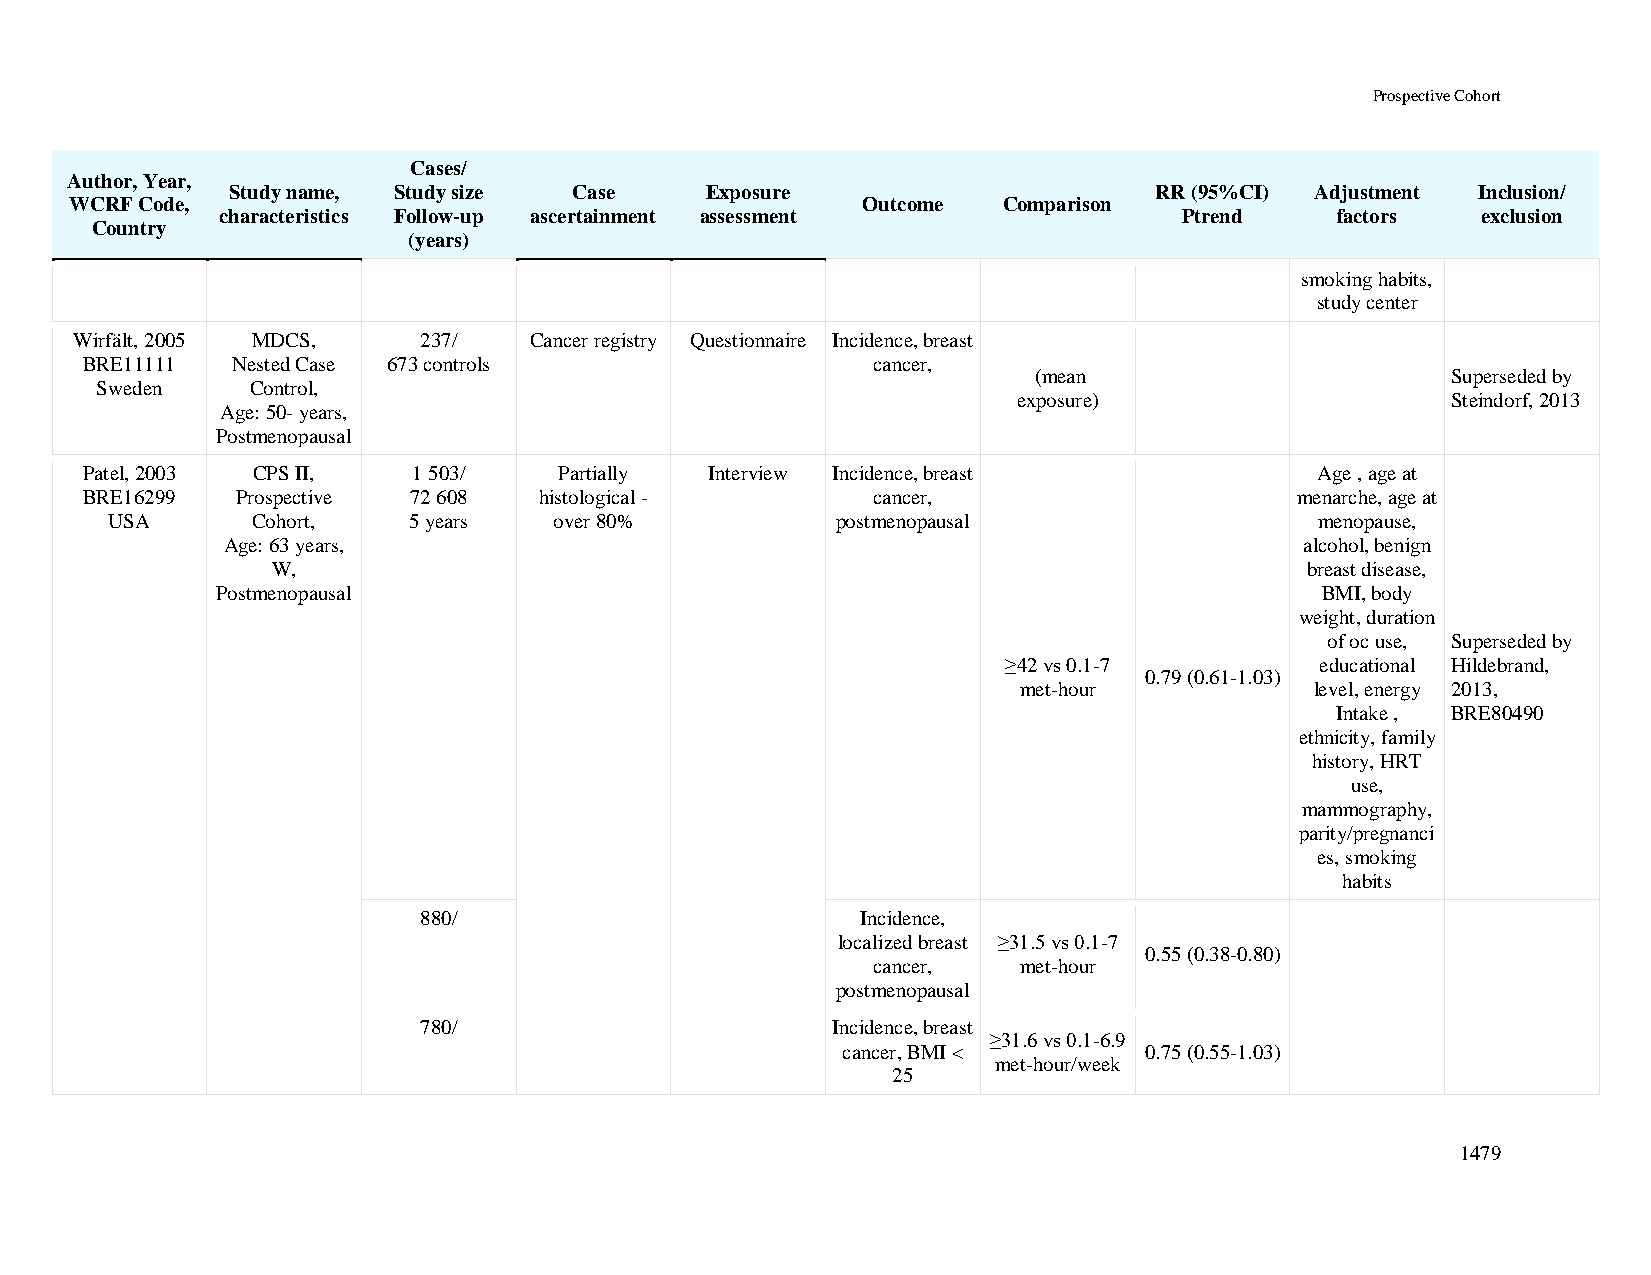
Prospective Cohort
 Cases/
 Author, Year,
 Study name, Study size Case     Exposure                     RR (95%CI) Adjustment Inclusion/
 WCRF Code,                                          Outcome  Comparison
 characteristics Follow-up ascertainment assessment             Ptrend    factors   exclusion
 Country
 (years)
 smoking habits,
 study center
 Wirfält, 2005 MDCS,    237/   Cancer registry Questionnaire Incidence, breast
 BRE11111  Nested Case 673 controls                   cancer,
 (mean                       Superseded by
 Sweden     Control,
 exposure)                    Steindorf, 2013
 Age: 50- years,
 Postmenopausal
 Patel, 2003 CPS II,   1 503/    Partially Interview Incidence, breast             Age , age at
 BRE16299   Prospective 72 608  histological -        cancer,                     menarche, age at
 USA       Cohort,   5 years   over 80%          postmenopausal                  menopause,
 Age: 63 years,                                                         alcohol, benign
 W,                                                                  breast disease,
 Postmenopausal                                                           BMI, body
 weight, duration
 of oc use, Superseded by
 ≥42 vs 0.1-7        educational Hildebrand,
 0.79 (0.61-1.03)
 met-hour            level, energy 2013,
 Intake , BRE80490
 ethnicity, family
 history, HRT
 use,
 mammography,
 parity/pregnanci
 es, smoking
 habits
 880/                         Incidence,
 localized breast ≥31.5 vs 0.1-7
 0.55 (0.38-0.80)
 cancer,  met-hour
 postmenopausal
 780/                       Incidence, breast
 ≥31.6 vs 0.1-6.9
 cancer, BMI <       0.75 (0.55-1.03)
 met-hour/week
 25
 1479